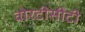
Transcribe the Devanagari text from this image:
वोरटीसीटी